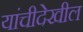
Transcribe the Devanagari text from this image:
यांचीदेखील